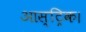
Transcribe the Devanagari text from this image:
आस्ट्रिक।